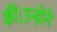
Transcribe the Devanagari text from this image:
कीं।उन्होने